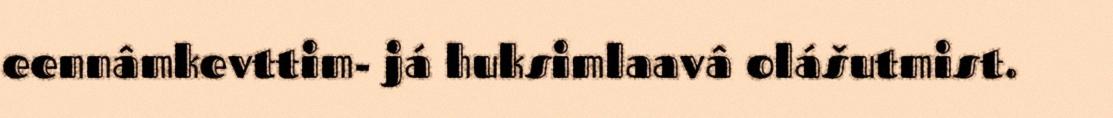
eennâmkevttim- já huksimlaavâ olášutmist.